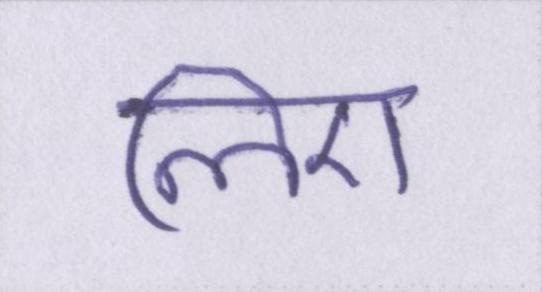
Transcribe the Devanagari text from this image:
लिए